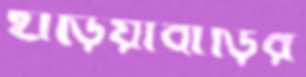
হাড়িয়াবাড়ির